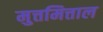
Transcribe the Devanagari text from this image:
मुत्तमित्ताल